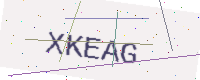
Text: XKEAG